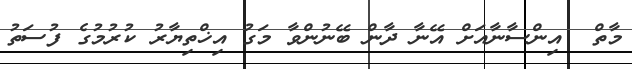
މާތް  އިންސާނާއަށް އޭނާ ދާން ބޭނުންވާ މަގު އިޚްތިޔާރު ކުރުމުގެ ފުސަތު